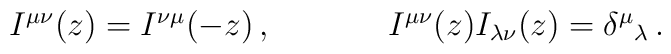
\begin{array}{cc}I^{\mu\nu}(z)=I^{\nu\mu}(-z)\,,~~~~&~~~~I^{\mu\nu}(z)I_{\lambda\nu}(z)=\delta^{\mu}{}_{\lambda}\,.\end{array}